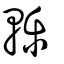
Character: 轢